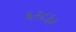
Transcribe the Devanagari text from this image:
६२८३२